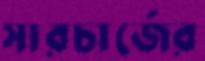
সারচার্জের